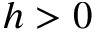
h > 0